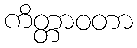
ကိတ္တာဝတာ